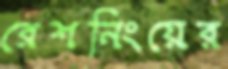
রেশনিংয়ের